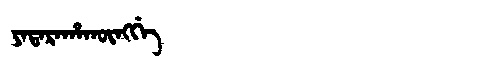
Manchu: ᠶᠠᡨᠠᡵᠠᡥᠠᡴᡡᠩᡤᡝ
Romanization: YATARAHAKŪNGGE